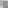
面